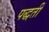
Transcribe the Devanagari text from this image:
पद्धतीं